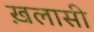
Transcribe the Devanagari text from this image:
ख़लासी